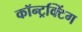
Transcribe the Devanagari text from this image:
कॉन्ट्रक्टिंग